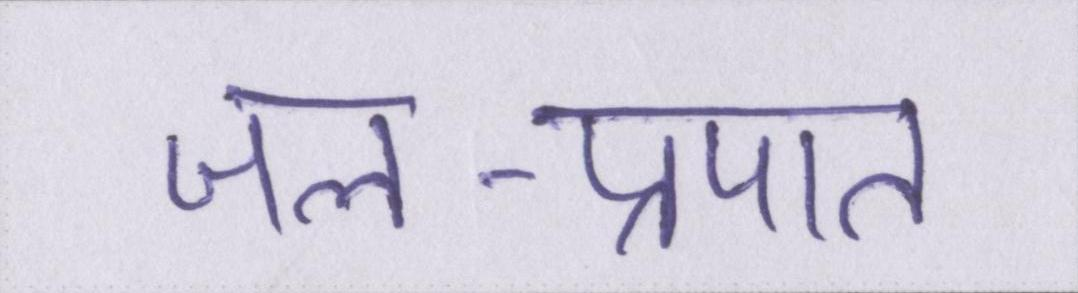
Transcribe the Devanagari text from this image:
जल-प्रपात